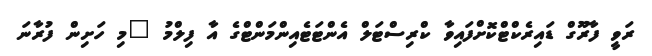
ރަވީ ފާރޫގް ޑައިރެކްޓްކޮށްފައިވާ ކްރިސްޓަލް އެންޓަޓެއިންމަންޓްގެ އާ ފިލްމު "މި ހަށިން ފުރާނަ